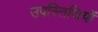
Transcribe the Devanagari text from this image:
उपस्तिथियों